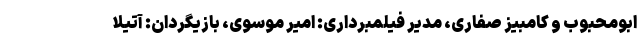
ابومحبوب و کامبیز صفاری، مدیر فیلمبرداری: امیر موسوی، بازیگردان: آتیلا